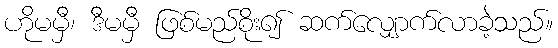
ဟိုမမှီ၊ ဒီမမှီ ဖြစ်မည်စိုး၍ ဆက်လျှောက်လာခဲ့သည်။